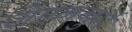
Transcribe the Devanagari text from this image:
जेएननुर्म